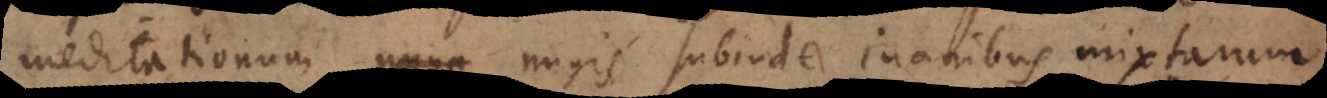
meditationum magis subinde inanibus mixtarum